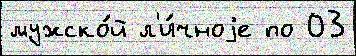
мужско́й л'и́чноjе по 03